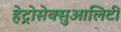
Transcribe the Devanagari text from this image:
हेट्रोसेक्सुआलिटी